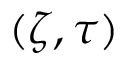
( \zeta , \tau )